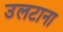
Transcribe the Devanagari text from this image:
उलटाना